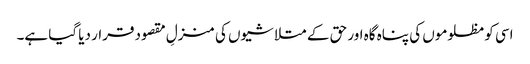
اسی کو مظلوموں کی پناہ گاہ اور حق کے متلاشیوں کی منزلِ مقصود قرار دیا گیا ہے۔